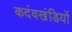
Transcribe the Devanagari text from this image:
कदंवखंडियों